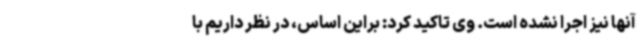
آنها نیز اجرا نشده است. وی تاکید کرد: براین اساس، در نظر داریم با